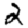
Digit: 2